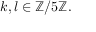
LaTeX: k , l \in \mathbb { Z } / 5 \mathbb { Z } .